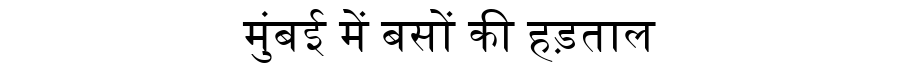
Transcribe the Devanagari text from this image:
मुंबई में बसों की हड़ताल